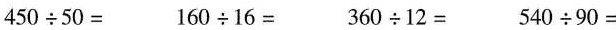
$$4 5 0 \div 5 0 =$$ $$1 6 0 \div 1 6 =$$ $$3 6 0 \div 1 2 =$$ $$5 4 0 \div 9 0 =$$